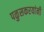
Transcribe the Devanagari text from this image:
पळुसकरयांनी